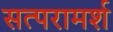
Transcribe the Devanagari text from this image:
सत्परामर्श